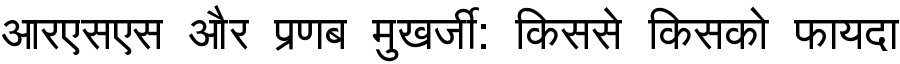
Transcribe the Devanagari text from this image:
आरएसएस और प्रणब मुखर्जी: किससे किसको फायदा